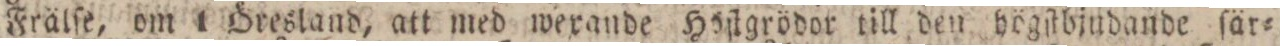
Frälſe, om 1 Öresland, att med wexande Höſtgrödor till den högſtbjudande ſär=